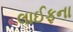
લાઈફના